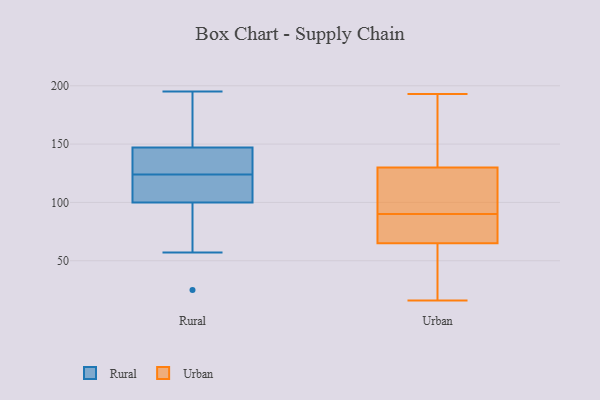
{"axis": {"x": "Production Output", "y": "Value"}, "legend": ["Rural", "Urban"], "data": [{"x": "", "y": 57, "type": "Rural"}, {"x": "", "y": 147, "type": "Rural"}, {"x": "", "y": 100, "type": "Rural"}, {"x": "", "y": 195, "type": "Rural"}, {"x": "", "y": 135, "type": "Rural"}, {"x": "", "y": 102, "type": "Rural"}, {"x": "", "y": 105, "type": "Rural"}, {"x": "", "y": 116, "type": "Rural"}, {"x": "", "y": 194, "type": "Rural"}, {"x": "", "y": 89, "type": "Rural"}, {"x": "", "y": 85, "type": "Rural"}, {"x": "", "y": 147, "type": "Rural"}, {"x": "", "y": 195, "type": "Rural"}, {"x": "", "y": 25, "type": "Rural"}, {"x": "", "y": 139, "type": "Rural"}, {"x": "", "y": 171, "type": "Rural"}, {"x": "", "y": 117, "type": "Rural"}, {"x": "", "y": 131, "type": "Rural"}, {"x": "", "y": 26, "type": "Urban"}, {"x": "", "y": 76, "type": "Urban"}, {"x": "", "y": 16, "type": "Urban"}, {"x": "", "y": 183, "type": "Urban"}, {"x": "", "y": 107, "type": "Urban"}, {"x": "", "y": 134, "type": "Urban"}, {"x": "", "y": 192, "type": "Urban"}, {"x": "", "y": 65, "type": "Urban"}, {"x": "", "y": 106, "type": "Urban"}, {"x": "", "y": 118, "type": "Urban"}, {"x": "", "y": 193, "type": "Urban"}, {"x": "", "y": 51, "type": "Urban"}, {"x": "", "y": 81, "type": "Urban"}, {"x": "", "y": 90, "type": "Urban"}, {"x": "", "y": 65, "type": "Urban"}]}